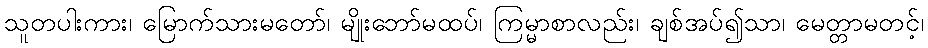
သူတပါးကား၊ မြောက်သားမတော်၊ မျိုးဘော်မထပ်၊ ကြမ္မာစာလည်း၊ ချစ်အပ်၍သာ၊ မေတ္တာမတင့်၊